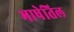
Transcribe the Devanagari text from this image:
भाषेतिल